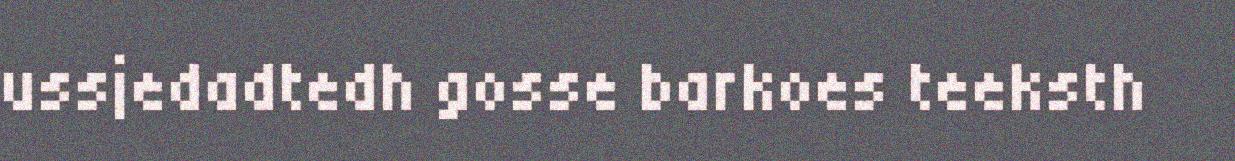
ussjedadtedh gosse barkoes teeksth